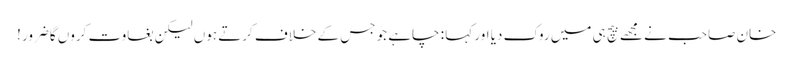
خان صاحب نے مجھے بیچ ہی میں روک دیا اور کہا : چاہے جو جس کے خلاف کرتے ہوں لیکن بغاوت کروں گاضرور !